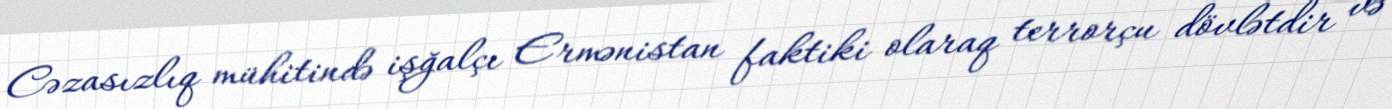
Cəzasızlıq mühitində işğalçı Ermənistan faktiki olaraq terrorçu dövlətdir və